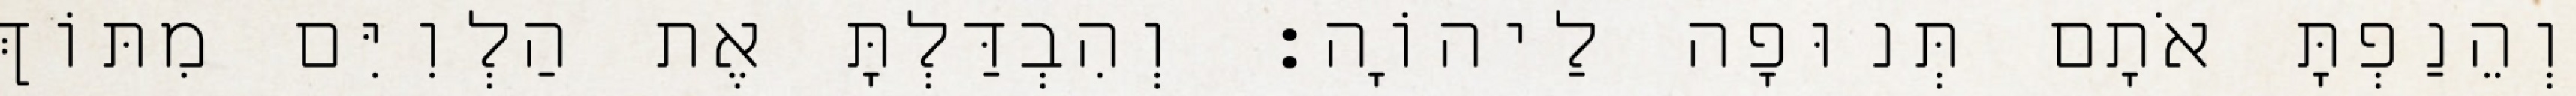
וְהֵנַפְתָּ אֹתָם תְּנוּפָה לַיהוָֹה׃ וְהִבְדַּלְתָּ אֶת הַלְוִיִּם מִתּוֹךְ